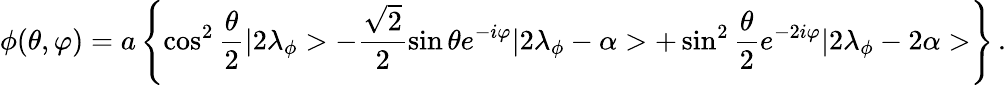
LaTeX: \phi(\theta,\varphi)=a\left\{ \cos^{2}\frac{\theta}{2}|2\lambda_{\phi}>-\frac{\sqrt{2}}{2}\sin\theta e^{-i\varphi}|2\lambda_{\phi}-\alpha>+\sin^{2}\frac{\theta}{2}e^{-2i\varphi}|2\lambda_{\phi}-2\alpha>\right\} \, .